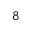
_ 8